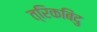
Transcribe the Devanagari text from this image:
त्रिकबिंदु